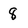
Character: 8